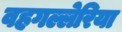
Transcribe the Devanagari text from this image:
वहगल्लेरिया